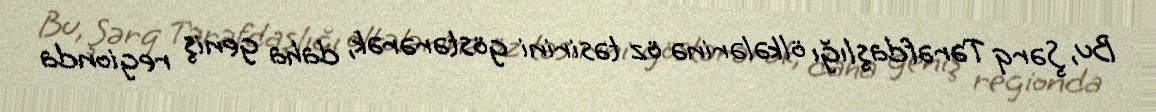
Bu, Şərq Tərəfdaşlığı ölkələrinə öz təsirini göstərərək, daha geniş regionda